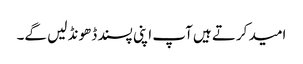
امید کرتے ہیں آپ اپنی پسند ڈھونڈ لیں گے۔